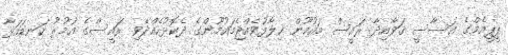
ޕީޕީއެމްގެ އަސާސީ ޤަވާއިދާ ރައީސް މައުމޫން ޚިލާފުވެއްޖެމައުމޫންގެ ދެކޮޅުހެއްދެވި ރައީސްގެ އުމުރު ކަނޑައަޅާ